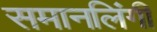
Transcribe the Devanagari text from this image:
समानलिंगी